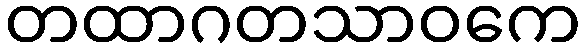
တထာဂတသာဝကေ